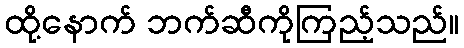
ထို့နောက် ဘက်ဆီကိုကြည့်သည်။